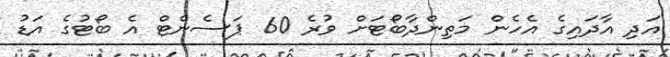
އަދި އާދައިގެ އެހެން މަތިންދާބޯޓަށް ވުރެ 60 ޕަސެންޓް އެ ބޯޓުގެ އަޑު